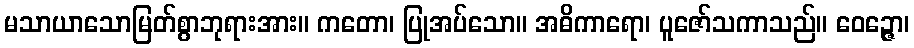
မသာယာသောမြတ်စွာဘုရားအား။ ကတော၊ ပြုအပ်သော။ အဓိကာရော၊ ပူဇော်သကာသည်။ ဝေဉ္ဇော၊